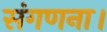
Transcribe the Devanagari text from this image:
संगणना।